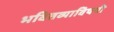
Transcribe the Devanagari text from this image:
भवितव्याविषयी